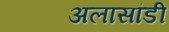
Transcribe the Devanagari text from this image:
अलासांडी